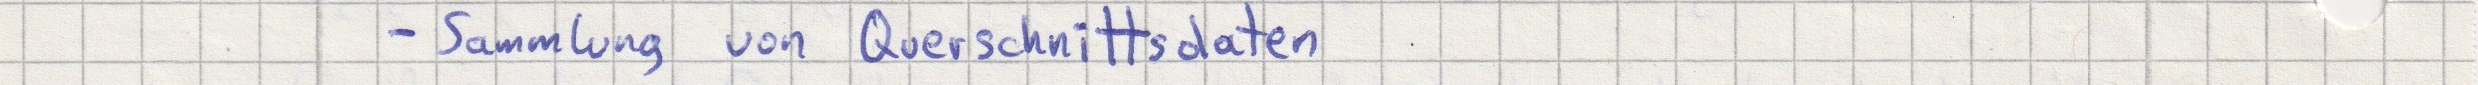
- Sammlung von Querschnittsdaten